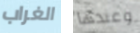
الغراب وعندها